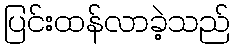
ပြင်းထန်လာခဲ့သည်